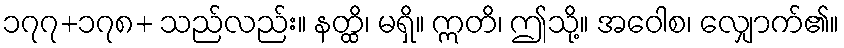
၁၇၇+၁၇၈+ သည်လည်း။ နတ္ထိ၊ မရှိ။ ဣတိ၊ ဤသို့။ အဝေါစ၊ လျှောက်၏။